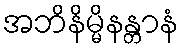
အဘိနိမ္မိနန္တာနံ